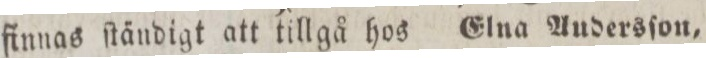
finnas ſtändigt att tillgå hos Elna Audersſon,